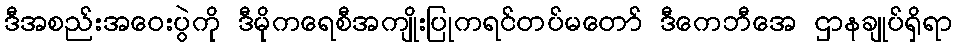
ဒီအစည်းအဝေးပွဲကို ဒီမိုကရေစီအကျိုးပြုကရင်တပ်မတော် ဒီကေဘီအေ ဌာနချုပ်ရှိရာ